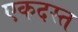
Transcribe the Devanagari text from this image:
एकदस्त